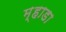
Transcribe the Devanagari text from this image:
म्हाडा